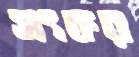
সংকর